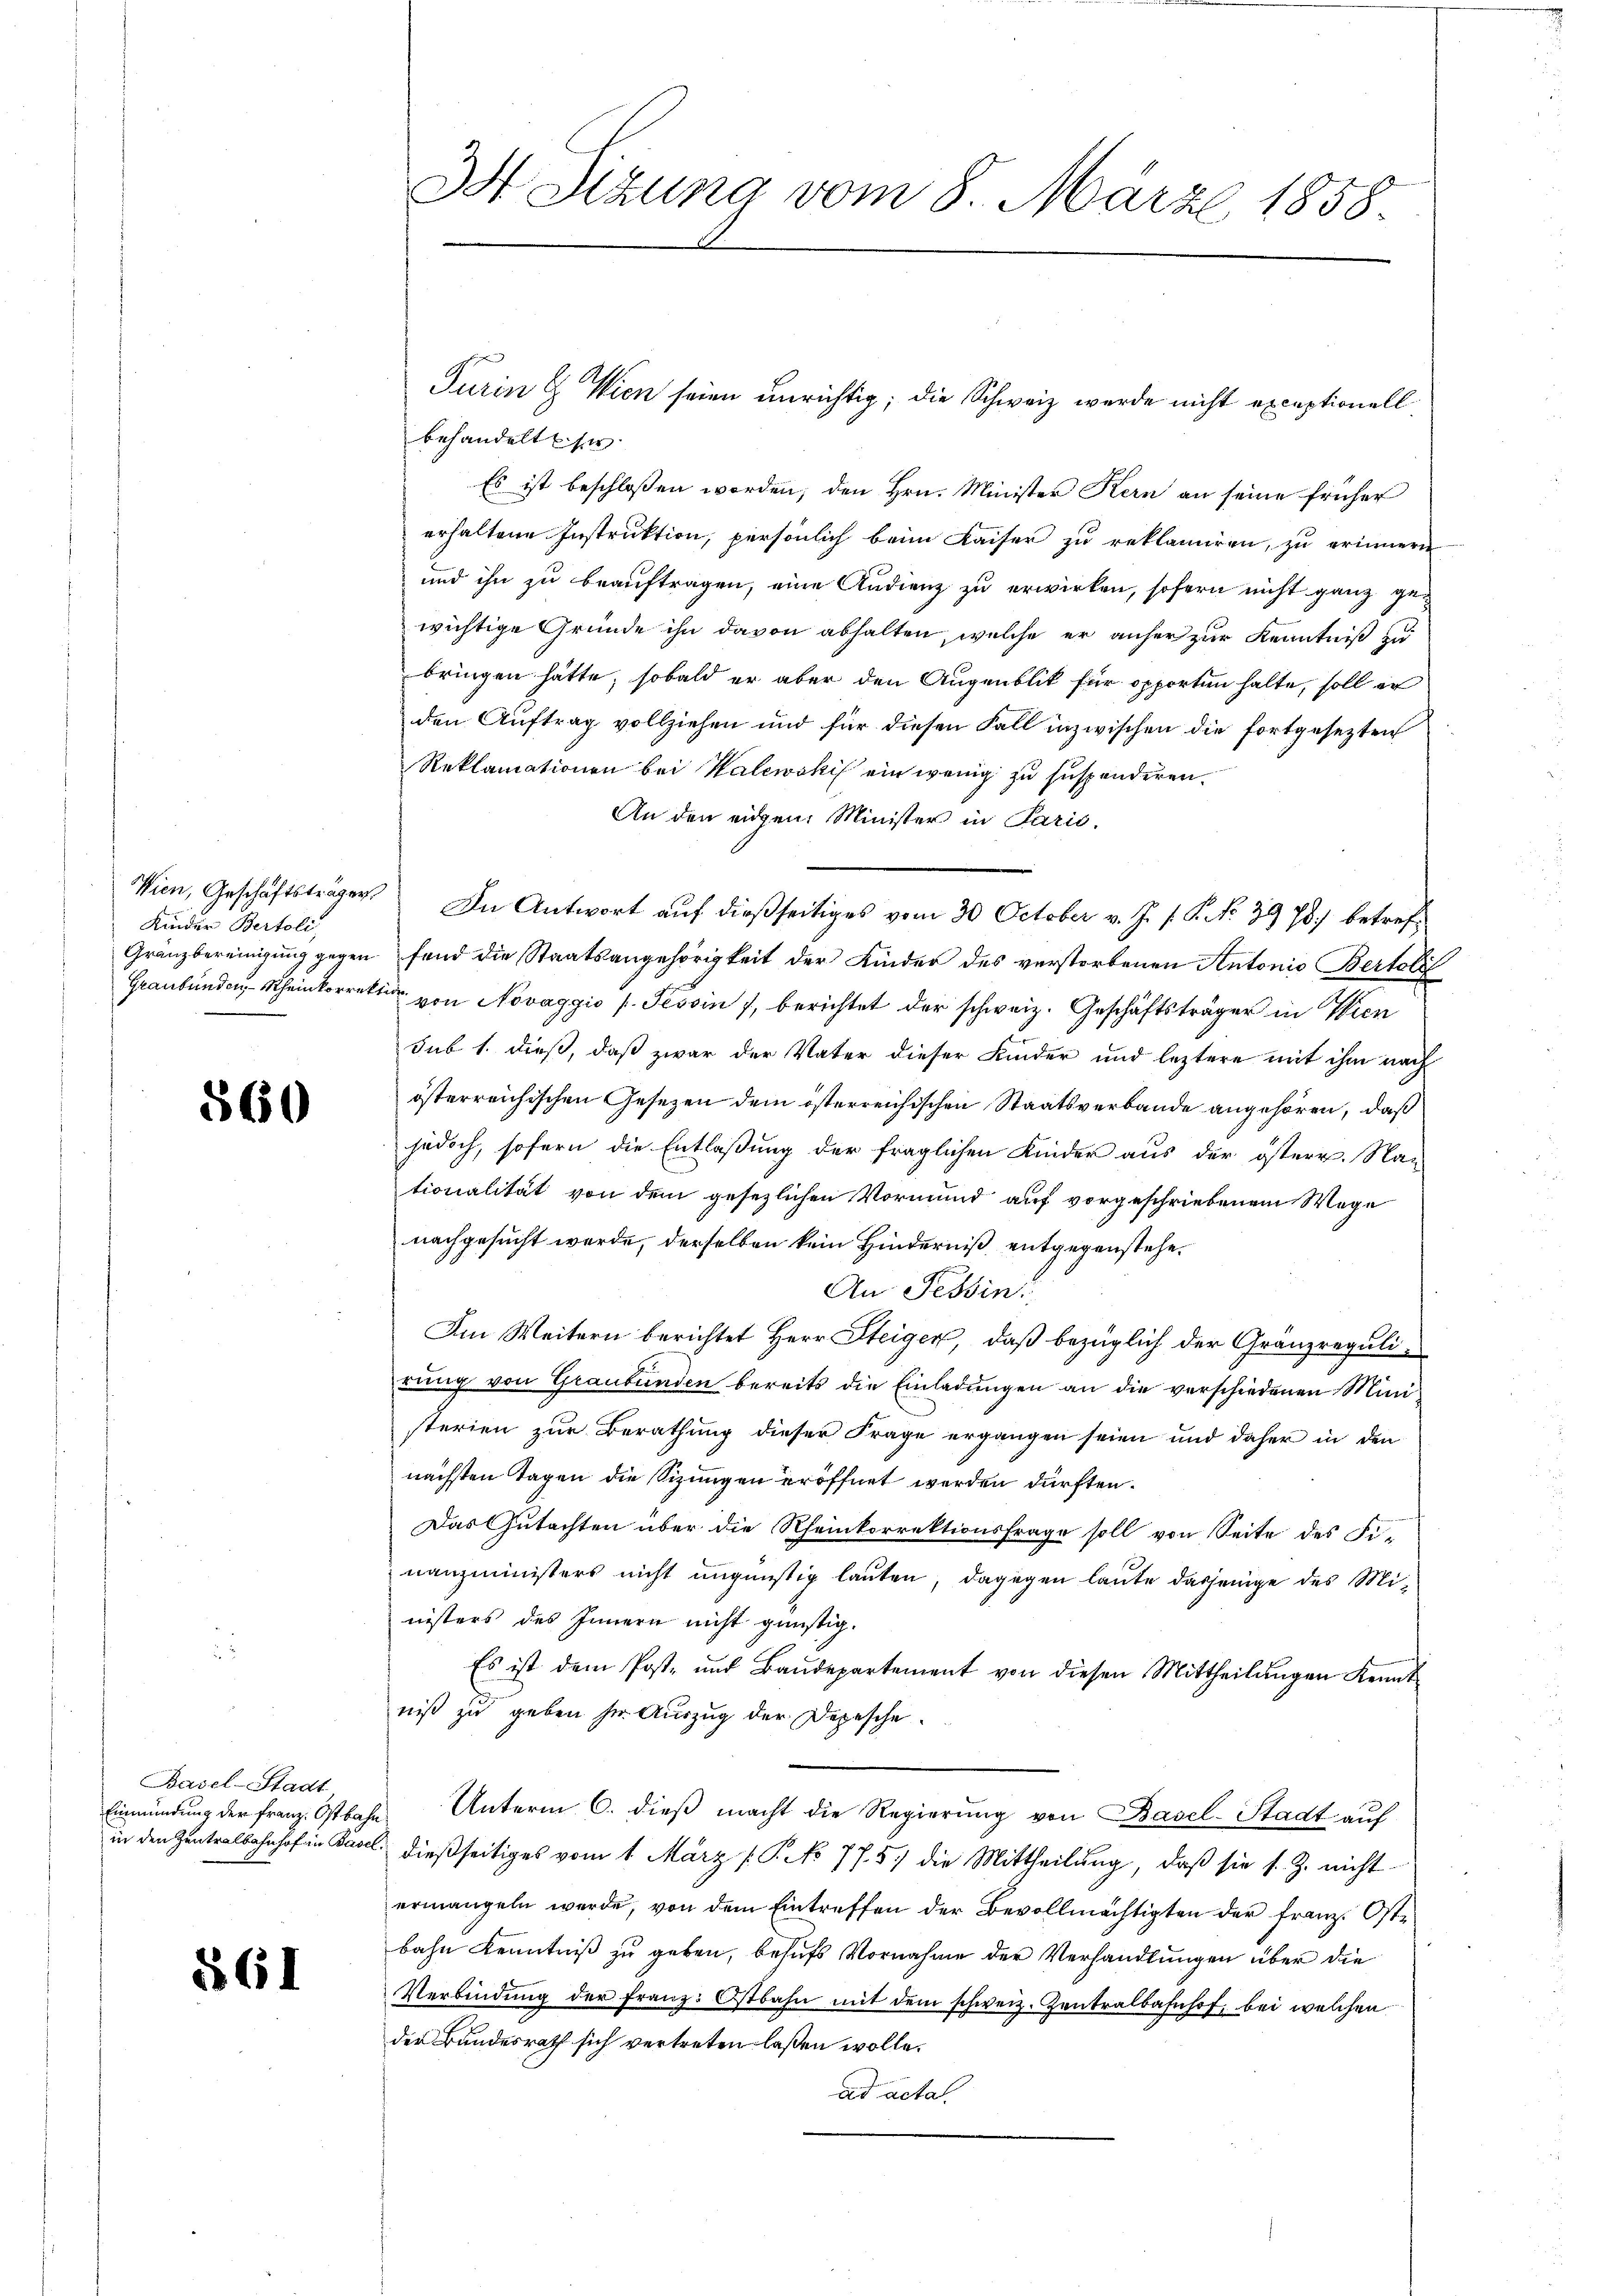
Kinder Bertoli,

560

Basel-Stadt

561

behandelt her
Es ist beschlossen worden; den Hrn. Minister Kern an seine früher
erhaltene Instruktion, persönlich beim Kaiser zu reklamiren, zu erinnern
und ihn zu beauftragen, eine Andienz zu erwirken, sofern nicht ganz gewichtige Gründe ihn davon abhalten, welche er anher zur Kenntniß zu
bringen hätte, sobald er aber den Augenblik für opporten halte, soll er
den Auftrag vollziehen und für diesen Fall inzwischen die fortgesezten
Reklamationen bei Walewski ein wenig zu suspendiren.
An den eigen Minister in Parić,
Wien, Geschäftsträger. In Antwort auf dießseitiges vom 30 October v. J. P. P. No. 39 78) betref¬
Gränzbereinigung gegen fand die Staatsangehörigkeit der Kinder des verstorbenen Antonio Bertoli
Graubünden Rheinkorrekt von Novaggić p. Tessin 7, berichtet der schweiz. Geschäftsträger in Wien
sub 1. dieß, daß zwar der Vater dieser Kinder und leztere mit ihm nach
österreichischen Gesezen dem österreichischen Staatsverbande angehören, daß
jedoch, sofern die Entlaßung der fraglichen Kinder aus der österr. Na-
tionalität von dem gesezlichen Vormund auf vorgeschriebenem Wege
nachgesucht werde, derselben kein Hinderniß entgegenstehe¬
An Tessin
Im Weitern berichtet Herr Steiger, daß bezüglich der Gränzregulirung von Graubünden bereits die Einladungen an die verschiedenen Ministerien zur Berathung dieser Frage ergangen seien und daher in den
nächsten Tagen die Sizungen eröffnet werden dürften.
Das Gutachten über die Rheinkorrektionsfrage soll von Seite des Fi-
nanzministers nicht ungünstig lauten, dagegen laute dasjenige des Ministers des Innern nicht günstig.
Es ist dem Post- und Baŭdepartement von diesen Mittheilŭngen Kennt-
niß zu geben her Auszug der Depesche
Einmündung der franz. Ostbahn Unterm 6. dieβ macht die Regierŭng von Basel-Stadt auf
in den Zentralbahnhof in Basel dießseitiges vom 1. März [S. No 775. die Mittheilung, daß sie s. Z. nicht
ermangeln werde, von dem Eintreffen der Bevollmächtigten der Franz. Ostbahn Kenntniß zu geben, behufs Vornahme der Verhandlungen über die
Verbindŭng der Franz. Ostbahn mit dem schweiz. Zentralbahnhof, bei welchen
der Bundesrath sich vertreten laßen wolle.
ad acta.

3S Sizung vom 8. März 1858.

Turin & Wien seien unrichtig; die Schweiz werde nicht exceptionell